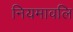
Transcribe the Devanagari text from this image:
नियमावलि